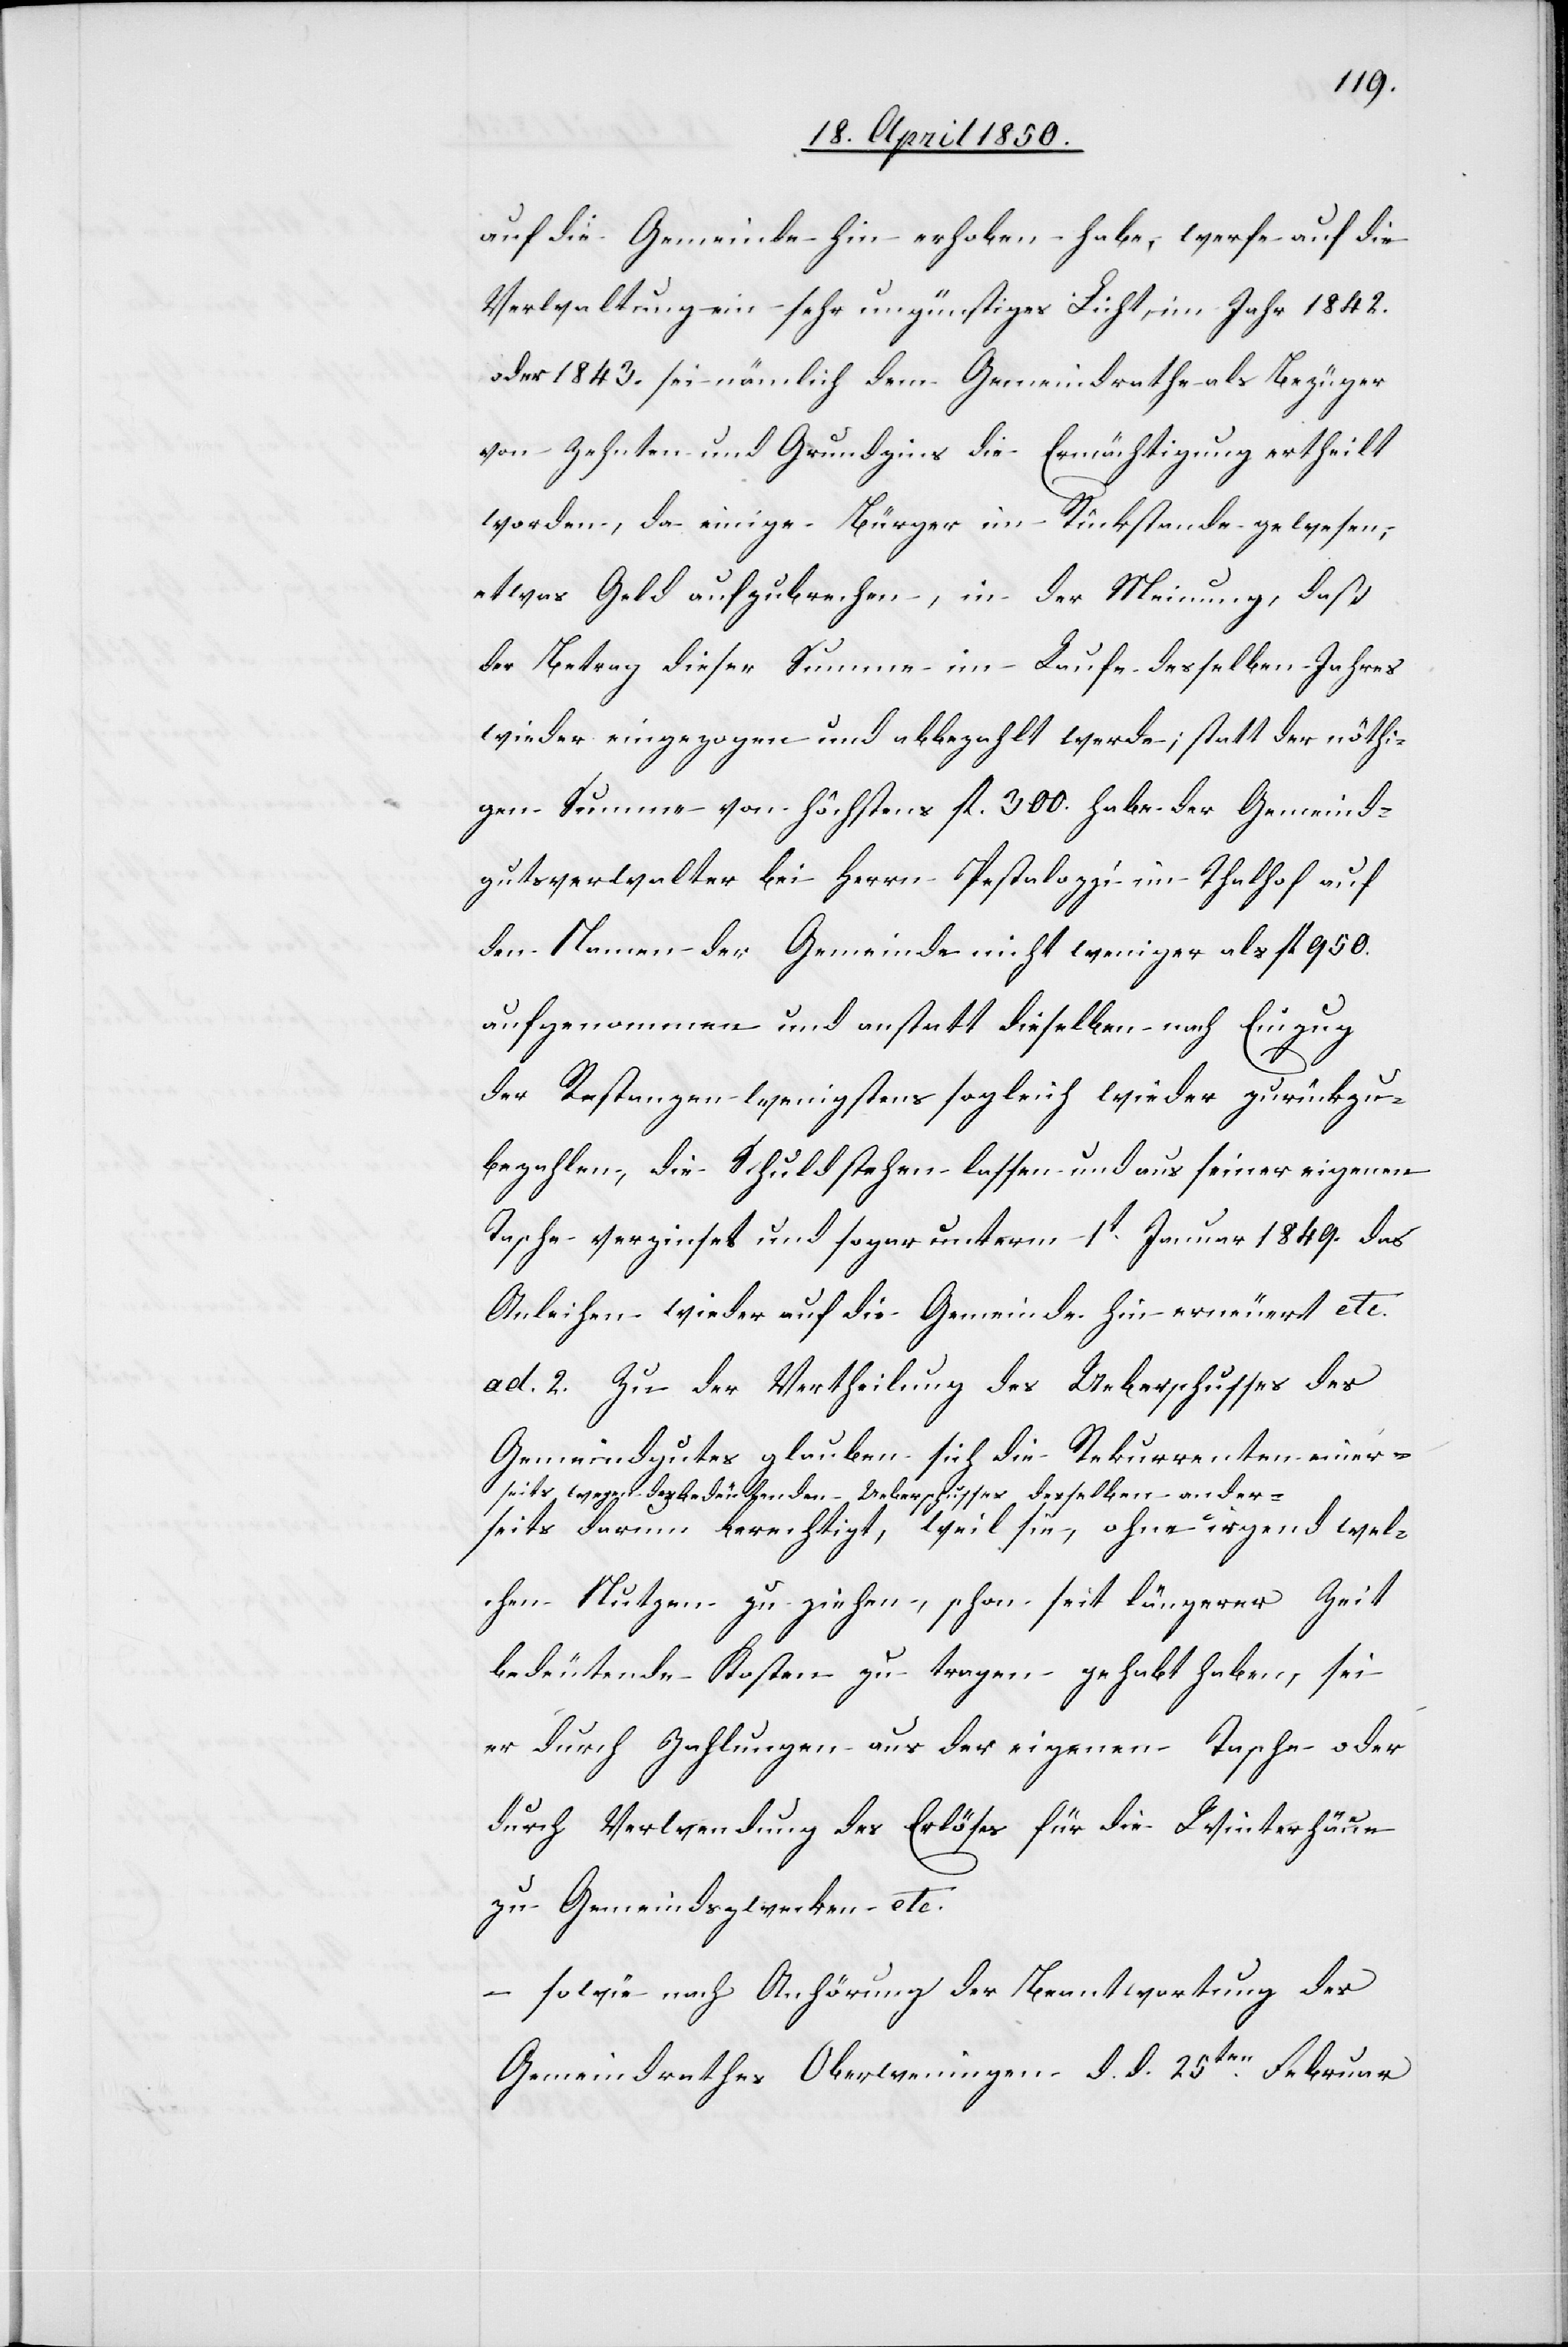
die Gemeinde hin erhoben habe, werfe auf die
Verwaltung ein sehr ungünstiges Licht, im Jahr 1842.
oder 1843. sei nämlich dem Gemeindrathe als Bezüger
von Zehnten und Grundzins die Ermächtigung ertheilt
worden, da einige Bürger im Rückstande gewesen,
etwas Geld aufzubrechen, in der Meinung, daß
der Betrag dieser Summe im Laufe desselben Jahres
wieder eingezogen und abbezahlt werde; statt der nöthi¬
gen Summe von höchstens fl. 300. habe der Gemeind¬
gutsverwalter bei Herrn Pestalozzi im Thalhof auf
den Namen der Gemeinde nicht weniger als fl 950.
aufgenommen und anstatt dieselben nach Einzug
der Restanzen wenigstens sogleich wieder zurückzu¬
bezahlen, die Schuld stehen lassen und aus seiner eigenen
Tasche verzinset und sogar unterm 1t Januar 1849. das
Anleihen wieder auf die Gemeinde hin erneuert etc.
ad. 2. Zu der Vertheilung des Ueberschusses des
Gemeindgutes glauben sich die Rekurrenten einer¬
seits wegen des bedeutenden Ueberschusses desselben ander¬
seits darum berechtigt, weil sie, ohne irgend wel¬
chen Nutzen zu ziehen, schon seit längerer Zeit
bedeutende Kosten zu tragen gehabt haben, sei
er durch Zahlungen aus der eigenen Tasche oder
durch Verwendung des Erlöses für die Winterhäue
zu Gemeindszwecken etc.
– sowie nach Anhörung der Beantwortung des
Gemeindrathes Oberweningen d. d. 25ten Februar